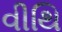
વીથિ